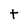
Character: t